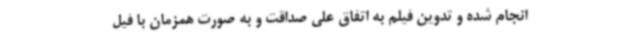
انجام شده و تدوین فیلم به اتفاق علی صداقت و به صورت همزمان با فیل